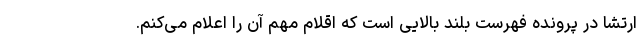
ارتشا در پرونده فهرست بلند بالایی است که اقلام مهم آن را اعلام می‌کنم.